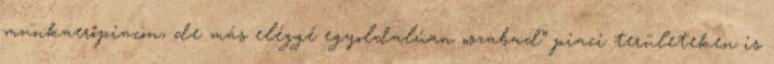
munkaerőpiacon, de más eléggé egyoldalúan „szabad” piaci területeken is